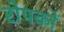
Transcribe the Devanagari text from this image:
रोपकों